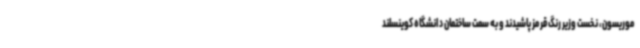
موریسون، نخست وزیر رنگ قرمز پاشیدند و به سمت ساختمان دانشگاه کوینسلند